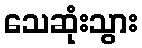
သေဆုံးသွား